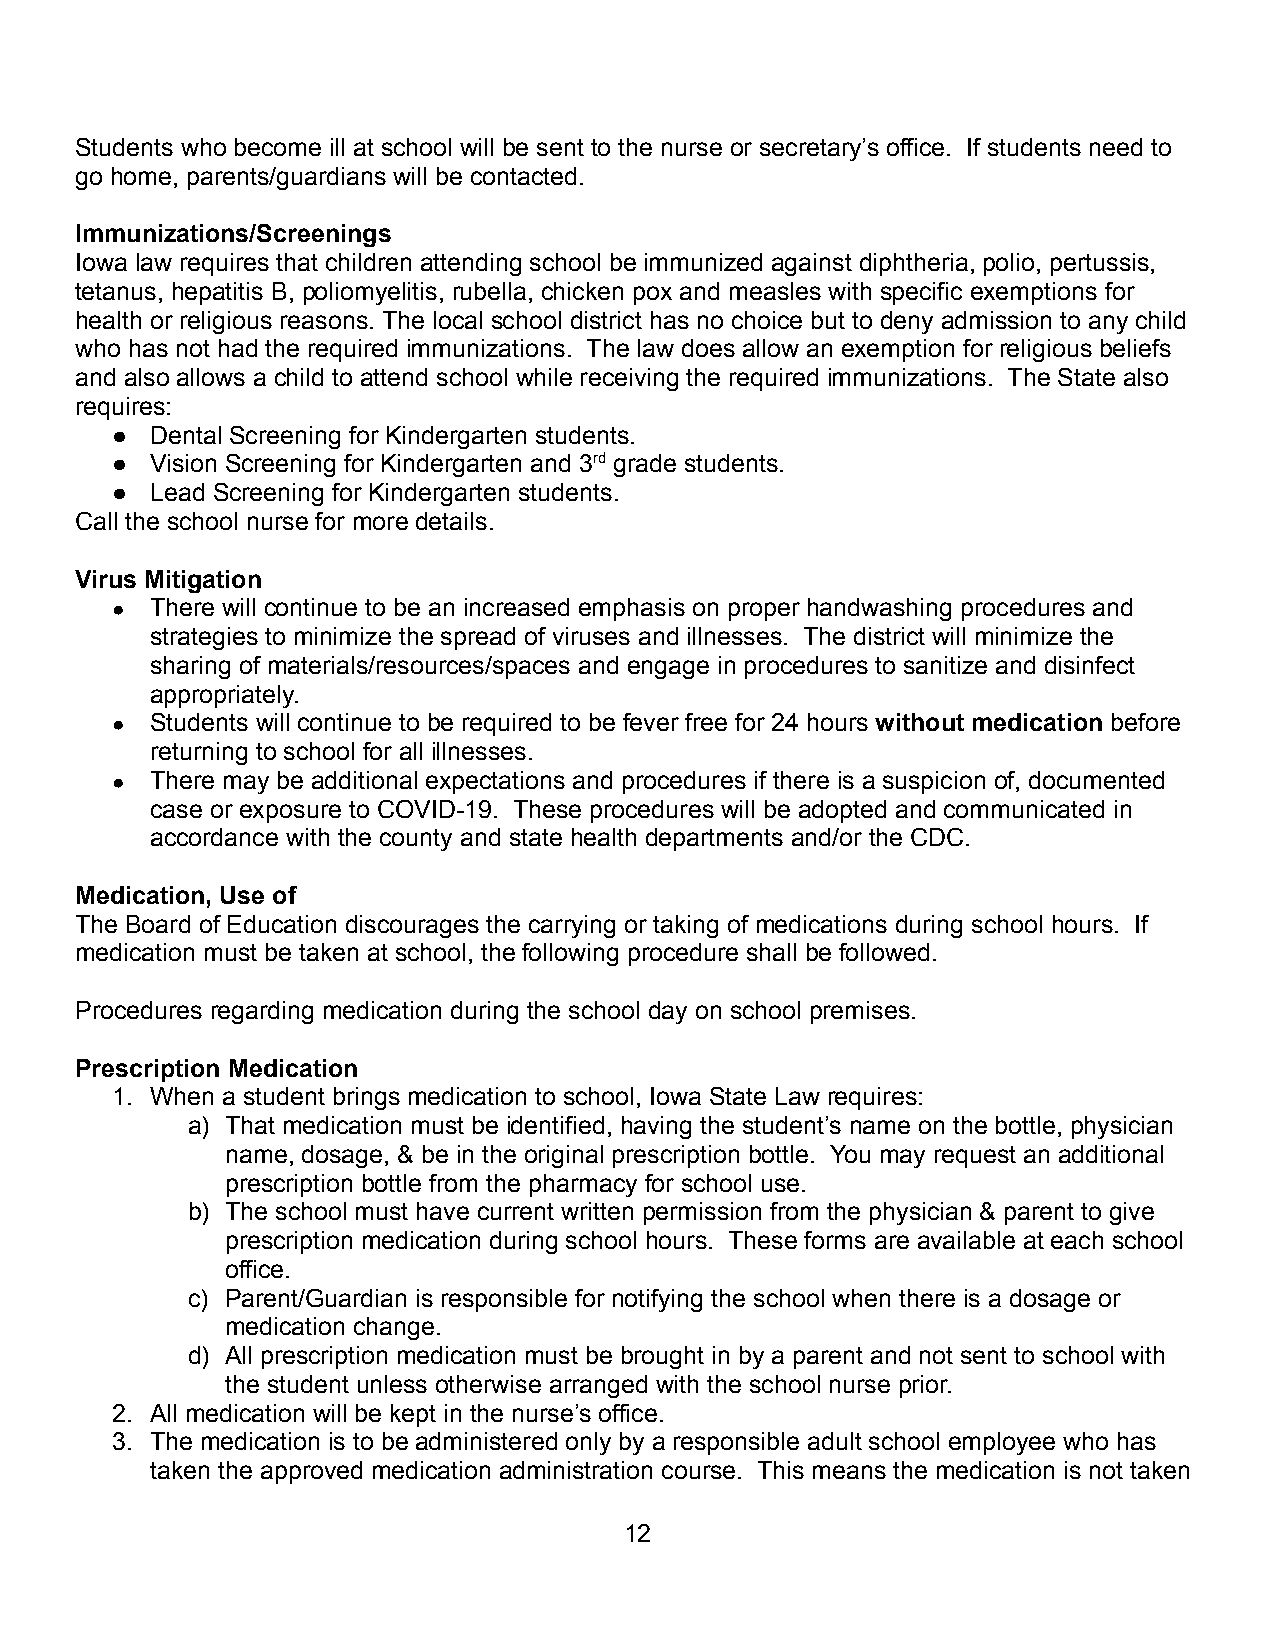
Students who become ill at school will be sent to the nurse or secretary’s office. If students need to
 go home, parents/guardians will be contacted.
 Immunizations/Screenings
 Iowa law requires that children attending school be immunized against diphtheria, polio, pertussis,
 tetanus, hepatitis B, poliomyelitis, rubella, chicken pox and measles with specific exemptions for
 health or religious reasons. The local school district has no choice but to deny admission to any child
 who has not had the required immunizations. The law does allow an exemption for religious beliefs
 and also allows a child to attend school while receiving the required immunizations. The State also
 requires:
 ●  Dental Screening for Kindergarten students.
 ●  Vision Screening for Kindergarten and 3rd grade students.
 ●  Lead Screening for Kindergarten students.
 Call the school nurse for more details.
 Virus Mitigation
 ●  There will continue to be an increased emphasis on proper handwashing procedures and
 strategies to minimize the spread of viruses and illnesses. The district will minimize the
 sharing of materials/resources/spaces and engage in procedures to sanitize and disinfect
 appropriately.
 ●  Students will continue to be required to be fever free for 24 hours without medication before
 returning to school for all illnesses.
 ●  There may be additional expectations and procedures if there is a suspicion of, documented
 case or exposure to COVID-19. These procedures will be adopted and communicated in
 accordance with the county and state health departments and/or the CDC.
 Medication, Use of
 The Board of Education discourages the carrying or taking of medications during school hours. If
 medication must be taken at school, the following procedure shall be followed.
 Procedures regarding medication during the school day on school premises.
 Prescription Medication
 1. When a student brings medication to school, Iowa State Law requires:
 a) That medication must be identified, having the student’s name on the bottle, physician
 name, dosage, & be in the original prescription bottle. You may request an additional
 prescription bottle from the pharmacy for school use.
 b) The school must have current written permission from the physician & parent to give
 prescription medication during school hours. These forms are available at each school
 office.
 c) Parent/Guardian is responsible for notifying the school when there is a dosage or
 medication change.
 d) All prescription medication must be brought in by a parent and not sent to school with
 the student unless otherwise arranged with the school nurse prior.
 2. All medication will be kept in the nurse’s office.
 3. The medication is to be administered only by a responsible adult school employee who has
 taken the approved medication administration course. This means the medication is not taken
 12